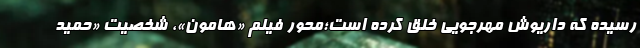
رسیده که داریوش مهرجویی خلق کرده است؛محور فیلم «هامون»، شخصیت «حمید